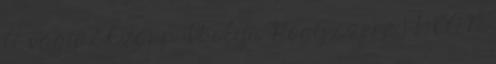
A vágy 2 Czapp Ibolya Hogy szere 1 DEAN